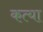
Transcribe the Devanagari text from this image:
कत्या